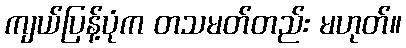
ကျယ်ပြန့်ပုံက တသမတ်တည်း မဟုတ်။